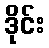
ဒိုင်း